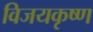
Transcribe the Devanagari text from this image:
विजयकृष्ण